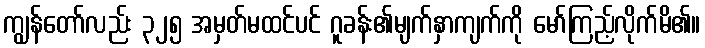
ကျွန်တော်လည်း ၃၂၅ အမှတ်မထင်ပင် ဂူခန်း၏မျက်နှာကျက်ကို မော်ကြည့်လိုက်မိ၏။